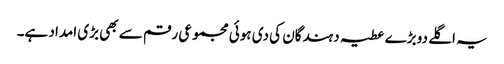
یہ اگلے دو بڑے عطیہ دہندگان کی دی ہوئی مجموعی رقم سے بھی بڑی امداد ہے۔